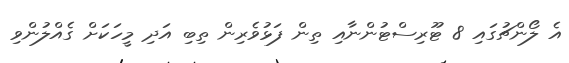
އެ ލޯންޗުގައި 8 ޓޫރިސްޓުންނާއި ތިން ފަޅުވެރިން ތިބި އަދި މީހަކަށް ގެއްލުންވި